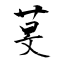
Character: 芠